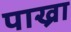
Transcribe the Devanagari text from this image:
पाख्रा